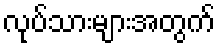
လုပ်သားများအတွက်